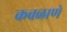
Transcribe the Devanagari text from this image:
कवळाणे